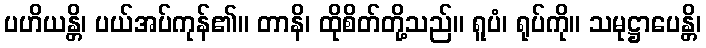
ပဟိယန္တိ၊ ပယ်အပ်ကုန်၏။ တာနိ၊ ထိုစိတ်တို့သည်။ ရူပံ၊ ရုပ်ကို။ သမုဋ္ဌာပေန္တိ၊